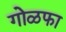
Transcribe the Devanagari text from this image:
गोळफा